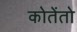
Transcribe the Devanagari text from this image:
कोतेंतो